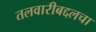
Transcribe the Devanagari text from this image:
तलवारीबद्दलचा